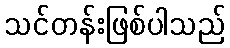
သင်တန်းဖြစ်ပါသည်